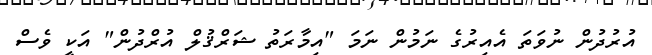
އުރުދުން ނުވަތަ އެއިރުގެ ނަމުން ނަމަ "އިމާރަތު ޝަރްޤުލް އުރްދުން" އަކީ ވެސް